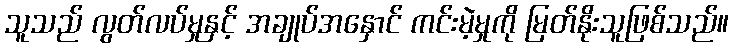
သူသည် လွတ်လပ်မှုနှင့် အချုပ်အနှောင် ကင်းမဲ့မှုကို မြတ်နိုးသူဖြစ်သည်။